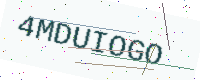
Text: 4MDUIOGO